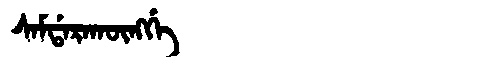
Manchu: ᠰᠠᠮᡩᠠᡵᠠᡴᡡᠩᡤᡝ
Romanization: SAMDARAKŪNGGE